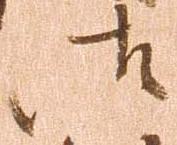
御